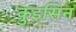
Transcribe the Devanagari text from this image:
कुइसिन